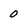
Character: 0